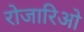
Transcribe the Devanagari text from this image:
रोजारिओ